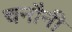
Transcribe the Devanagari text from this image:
चनौनी